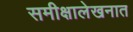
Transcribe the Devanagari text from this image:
समीक्षालेखनात